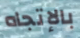
بالإتجاه